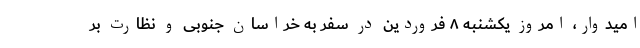
امیدوار، امروز یکشنبه ۸ فروردین در سفر به خراسان جنوبی و نظارت بر